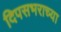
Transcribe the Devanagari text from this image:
दिपसभराच्या